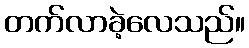
တက်လာခဲ့လေသည်။